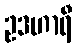
ဥဒဟာရီ